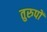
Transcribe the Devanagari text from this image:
तुरुपों